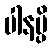
ပါနမ္ပိ